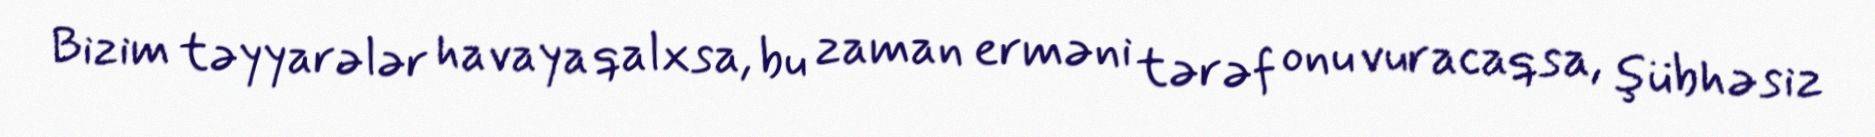
Bizim təyyarələr havaya qalxsa, bu zaman erməni tərəf onu vuracaqsa, şübhəsiz